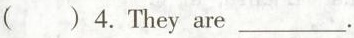
( )4.They are___.